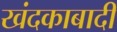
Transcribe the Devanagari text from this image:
खंदकाबादी